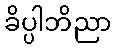
ခိပ္ပါဘိညာ